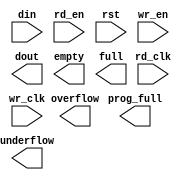
module transaction_fifo_dist(
	din,
	rd_clk,
	rd_en,
	rst,
	wr_clk,
	wr_en,
	dout,
	empty,
	full,
	overflow,
	prog_full,
	underflow);


input [32 : 0] din;
input rd_clk;
input rd_en;
input rst;
input wr_clk;
input wr_en;
output [32 : 0] dout;
output empty;
output full;
output overflow;
output prog_full;
output underflow;

// synthesis translate_off

      FIFO_GENERATOR_V4_4 #(
		.C_COMMON_CLOCK(0),
		.C_COUNT_TYPE(0),
		.C_DATA_COUNT_WIDTH(4),
		.C_DEFAULT_VALUE("BlankString"),
		.C_DIN_WIDTH(33),
		.C_DOUT_RST_VAL("0"),
		.C_DOUT_WIDTH(33),
		.C_ENABLE_RLOCS(0),
		.C_FAMILY("virtex5"),
		.C_FULL_FLAGS_RST_VAL(1),
		.C_HAS_ALMOST_EMPTY(0),
		.C_HAS_ALMOST_FULL(0),
		.C_HAS_BACKUP(0),
		.C_HAS_DATA_COUNT(0),
		.C_HAS_INT_CLK(0),
		.C_HAS_MEMINIT_FILE(0),
		.C_HAS_OVERFLOW(1),
		.C_HAS_RD_DATA_COUNT(0),
		.C_HAS_RD_RST(0),
		.C_HAS_RST(1),
		.C_HAS_SRST(0),
		.C_HAS_UNDERFLOW(1),
		.C_HAS_VALID(0),
		.C_HAS_WR_ACK(0),
		.C_HAS_WR_DATA_COUNT(0),
		.C_HAS_WR_RST(0),
		.C_IMPLEMENTATION_TYPE(2),
		.C_INIT_WR_PNTR_VAL(0),
		.C_MEMORY_TYPE(2),
		.C_MIF_FILE_NAME("BlankString"),
		.C_MSGON_VAL(1),
		.C_OPTIMIZATION_MODE(0),
		.C_OVERFLOW_LOW(0),
		.C_PRELOAD_LATENCY(0),
		.C_PRELOAD_REGS(1),
		.C_PRIM_FIFO_TYPE("512x36"),
		.C_PROG_EMPTY_THRESH_ASSERT_VAL(4),
		.C_PROG_EMPTY_THRESH_NEGATE_VAL(5),
		.C_PROG_EMPTY_TYPE(0),
		.C_PROG_FULL_THRESH_ASSERT_VAL(14),
		.C_PROG_FULL_THRESH_NEGATE_VAL(13),
		.C_PROG_FULL_TYPE(1),
		.C_RD_DATA_COUNT_WIDTH(4),
		.C_RD_DEPTH(16),
		.C_RD_FREQ(1),
		.C_RD_PNTR_WIDTH(4),
		.C_UNDERFLOW_LOW(0),
		.C_USE_DOUT_RST(1),
		.C_USE_ECC(0),
		.C_USE_EMBEDDED_REG(0),
		.C_USE_FIFO16_FLAGS(0),
		.C_USE_FWFT_DATA_COUNT(0),
		.C_VALID_LOW(0),
		.C_WR_ACK_LOW(0),
		.C_WR_DATA_COUNT_WIDTH(4),
		.C_WR_DEPTH(16),
		.C_WR_FREQ(1),
		.C_WR_PNTR_WIDTH(4),
		.C_WR_RESPONSE_LATENCY(1))
	inst (
		.DIN(din),
		.RD_CLK(rd_clk),
		.RD_EN(rd_en),
		.RST(rst),
		.WR_CLK(wr_clk),
		.WR_EN(wr_en),
		.DOUT(dout),
		.EMPTY(empty),
		.FULL(full),
		.OVERFLOW(overflow),
		.PROG_FULL(prog_full),
		.UNDERFLOW(underflow),
		.CLK(),
		.INT_CLK(),
		.BACKUP(),
		.BACKUP_MARKER(),
		.PROG_EMPTY_THRESH(),
		.PROG_EMPTY_THRESH_ASSERT(),
		.PROG_EMPTY_THRESH_NEGATE(),
		.PROG_FULL_THRESH(),
		.PROG_FULL_THRESH_ASSERT(),
		.PROG_FULL_THRESH_NEGATE(),
		.RD_RST(),
		.SRST(),
		.WR_RST(),
		.ALMOST_EMPTY(),
		.ALMOST_FULL(),
		.DATA_COUNT(),
		.PROG_EMPTY(),
		.VALID(),
		.RD_DATA_COUNT(),
		.WR_ACK(),
		.WR_DATA_COUNT(),
		.SBITERR(),
		.DBITERR());


// synthesis translate_on

endmodule